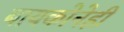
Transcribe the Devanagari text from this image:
बायकोनेही